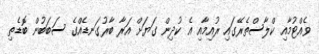
ވެއްޓުމާއި ކްލާސްތެރޭގައި ރުއިމާއި އެ ކުދިން ގަޔަށް އަރާ ބާރުގަނޑެއްގެ ސަބަބުން ބޮޑެތި